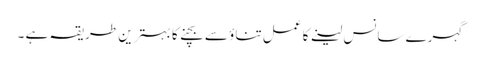
گہرے سانس لینے کا عمل تناؤ سے بچنے کا بہترین طریقہ ہے ۔